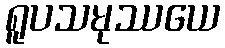
ရူပသမုဿယေ